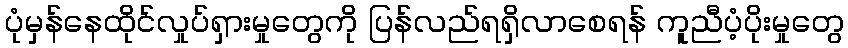
ပုံမှန်နေထိုင်လှုပ်ရှားမှုတွေကို ပြန်လည်ရရှိလာစေရန် ကူညီပံ့ပိုးမှုတွေ